DOW-UAP-D48, Department of the Air Force Report, 1996
Agency: Department of War
Incident date: 9/10/96
Page 19
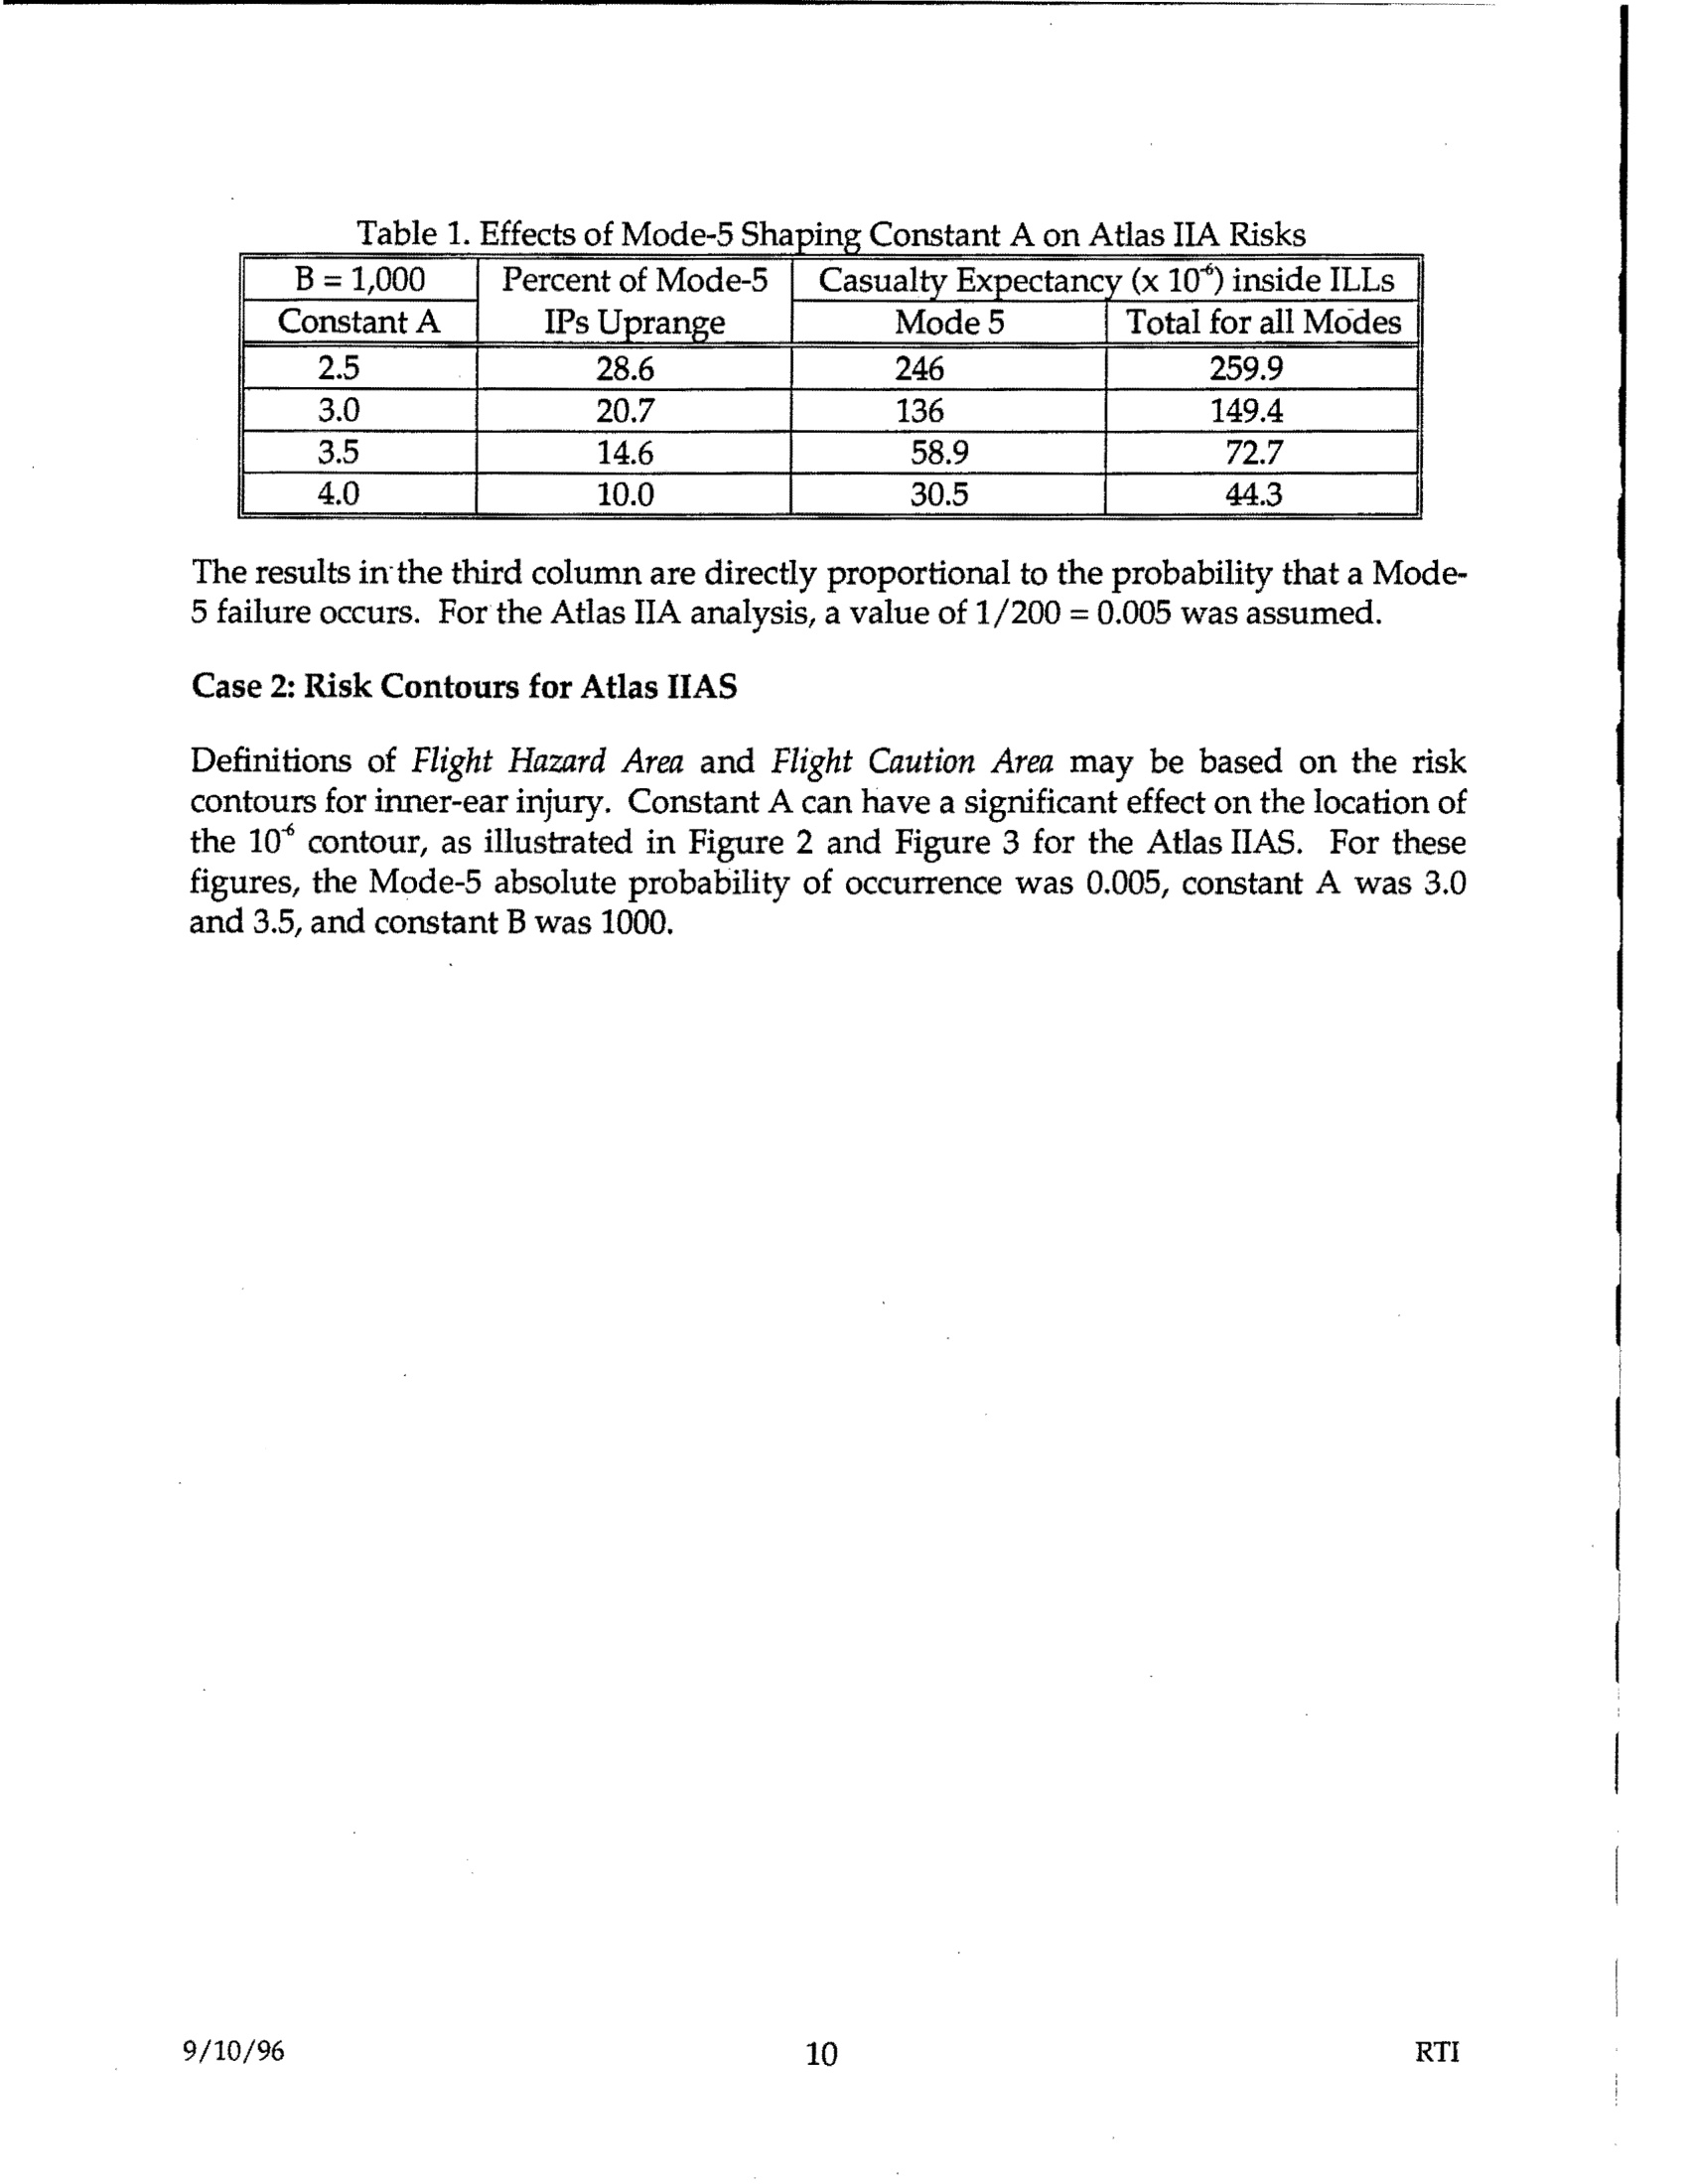